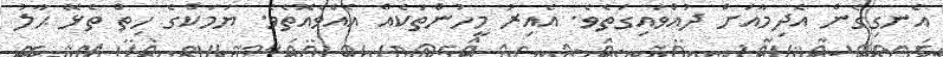
އެނގިގެން އެދިމާއަށް ދުއްވައިގަތެވެ. އެއިރު މީހުންތަކެއް އެއްވެއޮތެވެ. ޔަމަކްގެ ހިތް ތެޅޭ ޙާލު